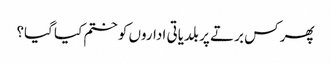
پھر کس برتے پر بلدیاتی اداروں کو ختم کیا گیا؟